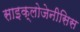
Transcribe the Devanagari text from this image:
साइक्लोजेनीसिस